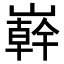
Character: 𭗠